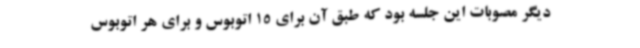
دیگر مصوبات این جلسه بود که طبق آن برای 15 اتوبوس و برای هر اتوبوس